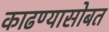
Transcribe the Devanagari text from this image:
काढण्यासोबत